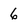
Character: 6